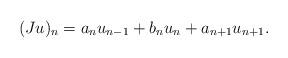
LaTeX: \begin{align*}(Ju)_n = a_nu_{n-1} + b_nu_n + a_{n+1}u_{n+1}.\end{align*}